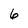
Character: 6